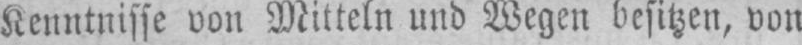
Kenntnisse von Mitteln und Wegen besitzen, von